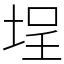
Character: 埕